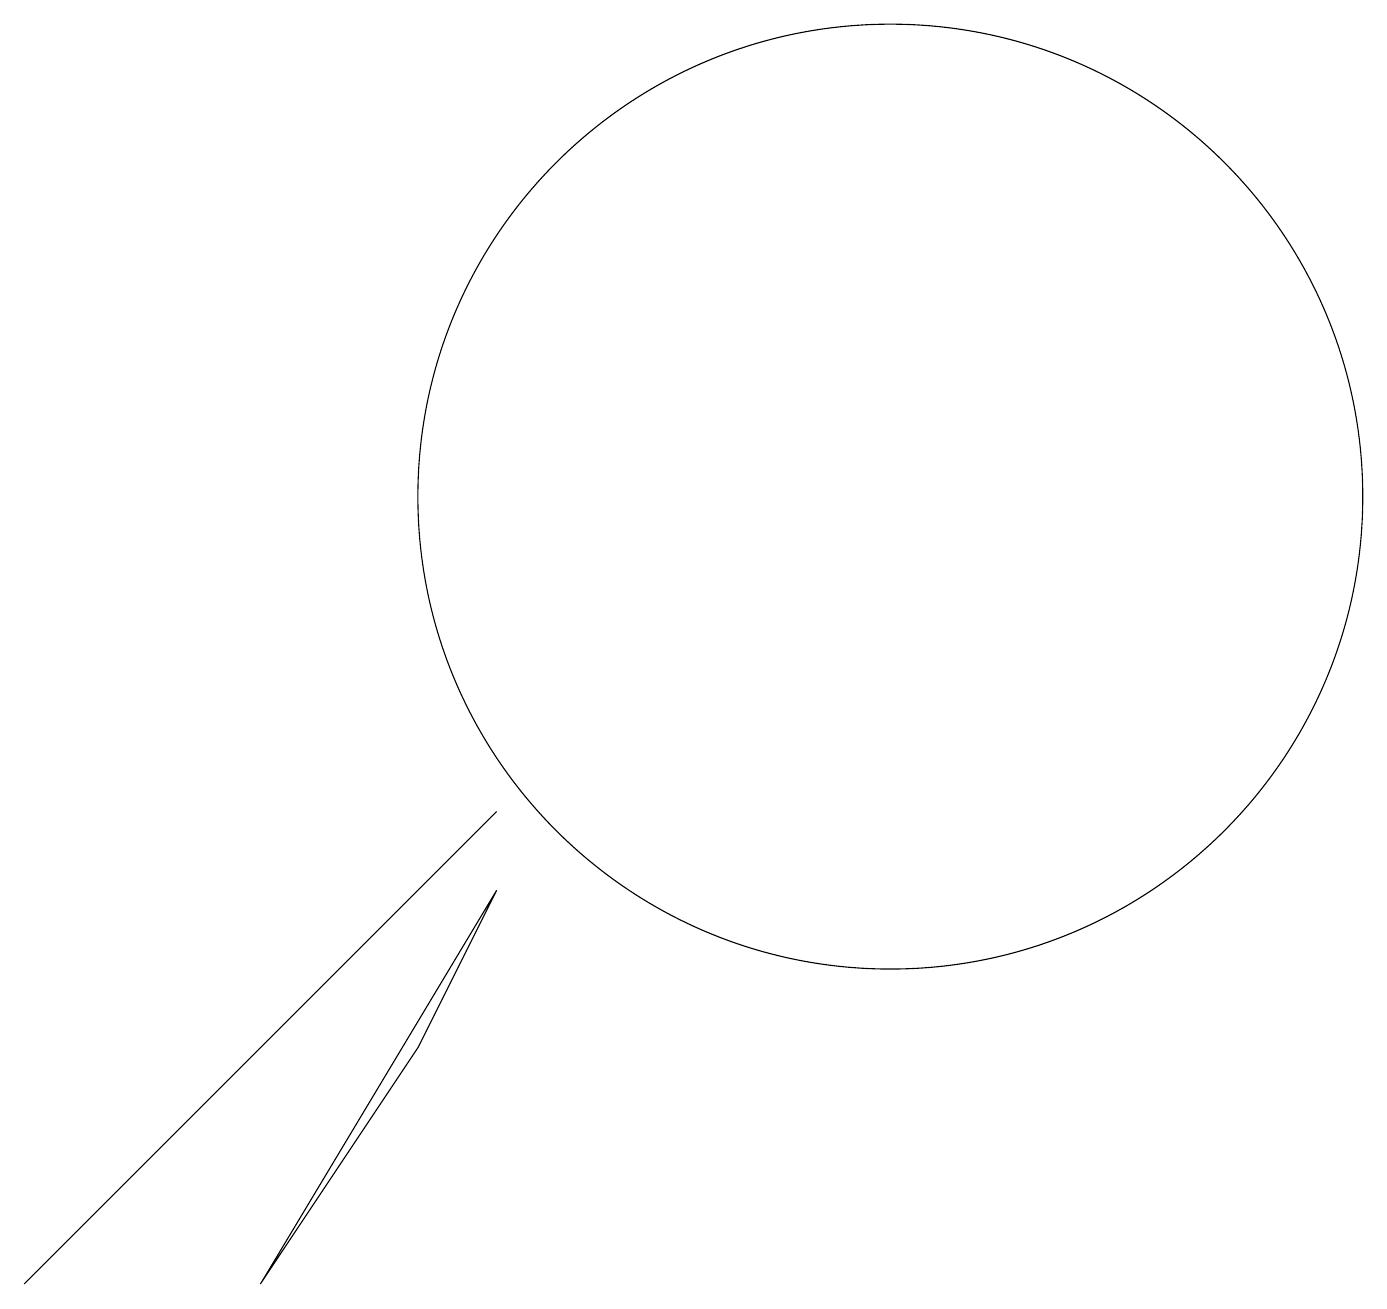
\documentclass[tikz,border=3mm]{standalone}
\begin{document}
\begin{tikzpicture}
\draw (3,0) -- (5,3) -- (6,5) -- cycle;
\draw (6,6) -- (5,5) -- (0,0) -- cycle;
\draw (11,10) circle (6);
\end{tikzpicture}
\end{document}